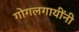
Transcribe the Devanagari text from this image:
गोगलगायींनी